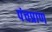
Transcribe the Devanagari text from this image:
पंचप्राण